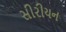
સીરીયન